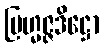
ဗြဟ္မဇ္ဇဒိဋ္ဌော